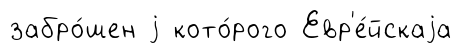
забро́шен j кото́рого Евр'е́йскаjа